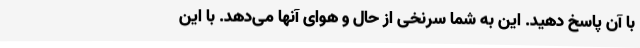
با آن پاسخ دهید. این به شما سرنخی از حال و هوای آنها می‌دهد. با این